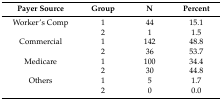
| Payer Source | Group | N | Percent |
 | --- | --- | --- | --- |
 | Worker’s Comp | 1 | 44 | 15.1 |
 |  | 2 | 1 | 1.5 |
 | Commercial | 1 | 142 | 48.8 |
 |  | 2 | 36 | 53.7 |
 | Medicare | 1 | 100 | 34.4 |
 |  | 2 | 30 | 44.8 |
 | Others | 1 | 5 | 1.7 |
 |  | 2 | 0 | 0.0 |